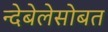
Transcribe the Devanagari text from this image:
न्देबेलेसोबत